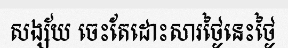
សង្ស័យ ចេះតែដោះសារថ្ងៃនេះថ្ងៃ